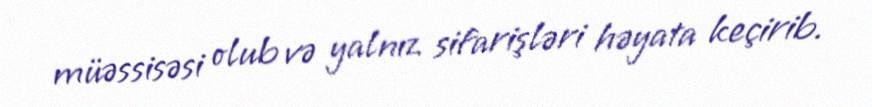
müəssisəsi olub və yalnız sifarişləri həyata keçirib.